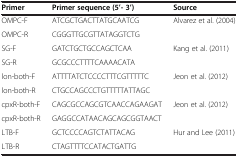
<table><thead><tr><td><b>Primer</b></td><td><b>Primer sequence (5’- 3’)</b></td><td><b>Source</b></td></tr></thead><tbody><tr><td>OMPC-F</td><td>ATCGCTGACTTATGCAATCG</td><td>Alvarez et al. (2004)</td></tr><tr><td>OMPC-R</td><td>CGGGTTGCGTTATAGGTCTG</td><td> </td></tr><tr><td>SG-F</td><td>GATCTGCTGCCAGCTCAA</td><td>Kang et al. (2011)</td></tr><tr><td>SG-R</td><td>GCGCCCTTTTCAAAACATA</td><td> </td></tr><tr><td>lon-both-F</td><td>ATTTTATCTCCCCTTTCGTTTTTC</td><td>Jeon et al. (2012)</td></tr><tr><td>lon-both-R</td><td>CTGCCAGCCCTGTTTTTATTAGC</td><td> </td></tr><tr><td>cpxR-both-F</td><td>CAGCGCCAGCGTCAACCAGAAGAT</td><td>Jeon et al. (2012)</td></tr><tr><td>cpxR-both-R</td><td>GAGGCCATAACAGCAGCGGTAACT</td><td> </td></tr><tr><td>LTB-F</td><td>GCTCCCCAGTCTATTACAG</td><td>Hur and Lee (2011)</td></tr><tr><td>LTB-R</td><td>CTAGTTTTCCATACTGATTG</td><td> </td></tr></tbody></table>